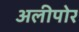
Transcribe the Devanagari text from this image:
अलीपोर